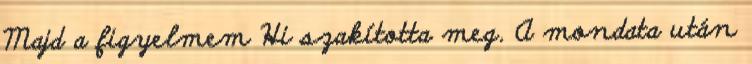
Majd a figyelmem Hi szakította meg. A mondata után